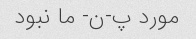
مورد پ-ن- ما نبود